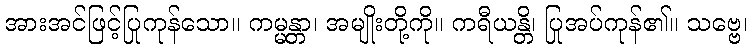
အားအင်ဖြင့်ပြုကုန်သော။ ကမ္မန္တာ၊ အမျိုးတို့ကို။ ကရီယန္တိ၊ ပြုအပ်ကုန်၏။ သဗ္ဗေ၊